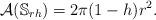
LaTeX: \begin{align*}\mathcal A(\mathbb S_{rh})=2\pi(1-h)r^2.\end{align*}